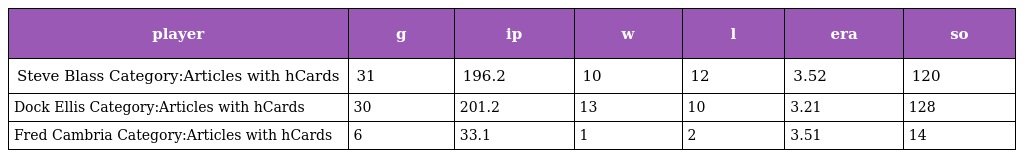
| player | g | ip | w | l | era | so |
 | --- | --- | --- | --- | --- | --- | --- |
 | Steve Blass Category:Articles with hCards | 31 | 196.2 | 10 | 12 | 3.52 | 120 |
 | Dock Ellis Category:Articles with hCards | 30 | 201.2 | 13 | 10 | 3.21 | 128 |
 | Fred Cambria Category:Articles with hCards | 6 | 33.1 | 1 | 2 | 3.51 | 14 |